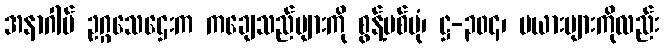
အနာဂါမ် ဥဂ္ဂသေဌေးက ကချေသည်များကို စွန့်ပစ်ပုံ၊ ဋ္ဌ-၃၀၄၊ မယားများကိုလည်း